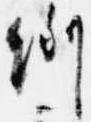
例